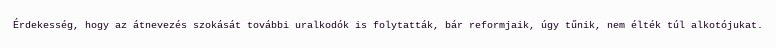
Érdekesség, hogy az átnevezés szokását további uralkodók is folytatták, bár reformjaik, úgy tűnik, nem élték túl alkotójukat.